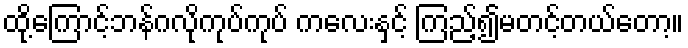
ထို့ကြောင့်ဘန်ဂလိုကုပ်ကုပ် ကလေးနှင့် ကြည့်၍မတင့်တယ်တော့။